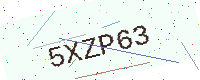
Text: 5XZP63